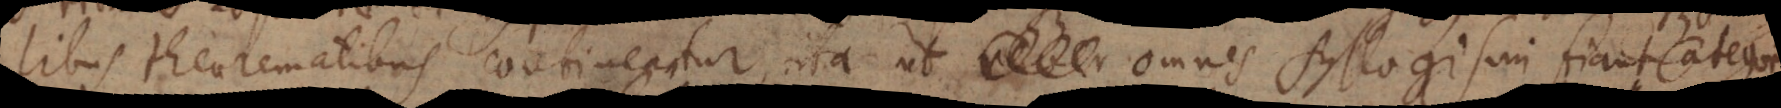
alibus theorematibus contineantur, ita ut omnes Syllogismi fiant